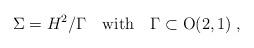
LaTeX: \begin{align*}\Sigma =H^{2}/\Gamma {\quad }\mathrm{{with\quad }\Gamma \subset O(2,1)\;,}\end{align*}